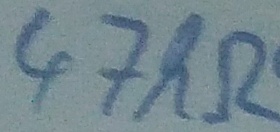
Text: 47kΩ